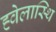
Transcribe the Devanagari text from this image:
ह्वेलास्थि